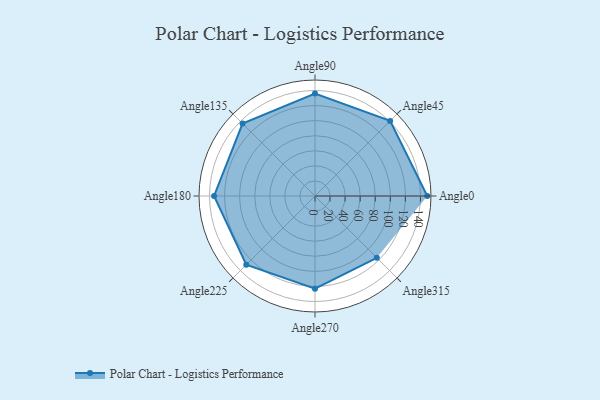
{"axis": {"x": "Angle", "y": "Radius"}, "legend": [""], "data": [{"x": "Angle0", "y": 149.0, "type": ""}, {"x": "Angle45", "y": 141.0, "type": ""}, {"x": "Angle90", "y": 136.0, "type": ""}, {"x": "Angle135", "y": 136.0, "type": ""}, {"x": "Angle180", "y": 134.0, "type": ""}, {"x": "Angle225", "y": 129.0, "type": ""}, {"x": "Angle270", "y": 123.0, "type": ""}, {"x": "Angle315", "y": 116.0, "type": ""}]}